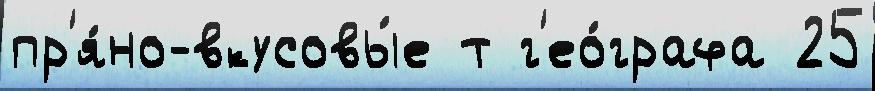
пр'я́но-вкусовы́е т г'ео́графа 25